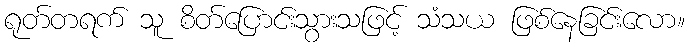
ရုတ်တရက် သူ စိတ်ပြောင်းသွားသဖြင့် သံသယ ဖြစ်နေခြင်းလော။